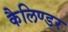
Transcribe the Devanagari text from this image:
कैलिण्डर